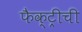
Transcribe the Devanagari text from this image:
फैक्ट्रीची